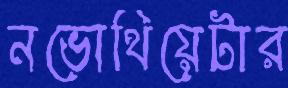
নভোথিয়েটার